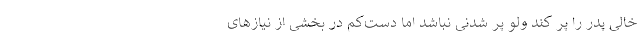
خالی پدر را پر کند ولو پر شدنی نباشد اما دست‌کم در بخشی از نیازهای